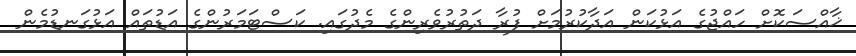
ޚާއްސަކޮށް ހައްޖުގެ އަޅުކަން އަދާކުރުމަށް ފުރާ ދަތުރުވެރިންގެ މެދުގައި. ކަސްޓަމަރުންގެ އަޑުތައް އަޅުގަނޑުމެން